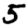
Digit: 5